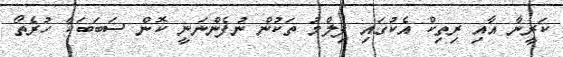
ކަރީނާ އާއި ރިތިކް އެކުގައި ފިލްމު ތަކުން ނުފެންނަނީ ކޮން ސަބަބަކާ ހުރެތޯ